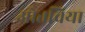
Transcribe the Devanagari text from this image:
ओत्तविया